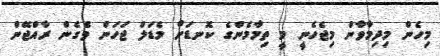
މިހެން މިދިމާވާން މިޖެހެނީ މީ ތިމާމެންގެ ކޮނޑަށް މެޑަލް ޖަހަން ވެގެން ރާއްޖޭން